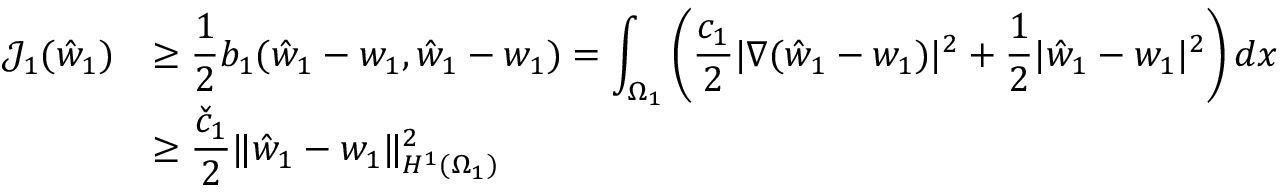
\begin{array} { r l } { \mathcal { J } _ { 1 } ( \hat { w } _ { 1 } ) } & { \displaystyle \geq \frac 1 2 b _ { 1 } ( \hat { w } _ { 1 } - w _ { 1 } , \hat { w } _ { 1 } - w _ { 1 } ) = \int _ { \Omega _ { 1 } } \left( \frac { c _ { 1 } } { 2 } | \nabla ( \hat { w } _ { 1 } - w _ { 1 } ) | ^ { 2 } + \frac 1 2 | \hat { w } _ { 1 } - w _ { 1 } | ^ { 2 } \right) d x } \\ & { \displaystyle \geq \frac { \check { c } _ { 1 } } { 2 } \lVert \hat { w } _ { 1 } - w _ { 1 } \rVert _ { H ^ { 1 } ( \Omega _ { 1 } ) } ^ { 2 } } \end{array}